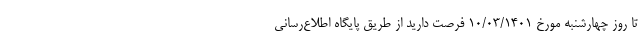
تا روز چهارشنبه مورخ 10/03/1401 فرصت دارید از طریق پایگاه اطلاع‌رسانی